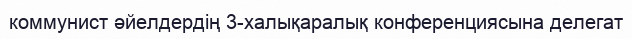
коммунист әйелдердің 3-халықаралық конференциясына делегат